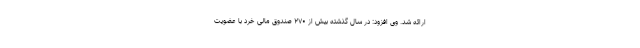
ارائه شد. وی افزود: در سال گذشته بیش از ۲۷۰ صندوق مالی خرد با عضویت